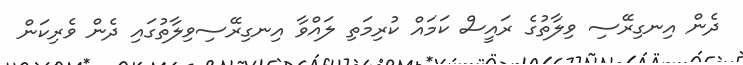
ދެން އިނގިރޭސި ވިލާތުގެ ރަައީސް ކަމައް ކުރިމަތި ލައްވާ އިނގިރޭސިވިލާތުގައި ދެން ވެރިކަން